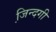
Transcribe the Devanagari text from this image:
जि़न्दगी